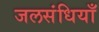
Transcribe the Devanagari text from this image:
जलसंधियाँ